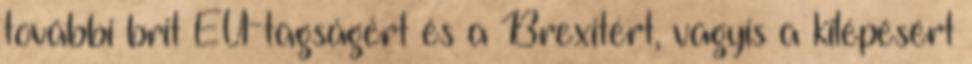
további brit EU-tagságért és a Brexitért, vagyis a kilépésért